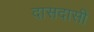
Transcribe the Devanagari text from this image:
दासदासी